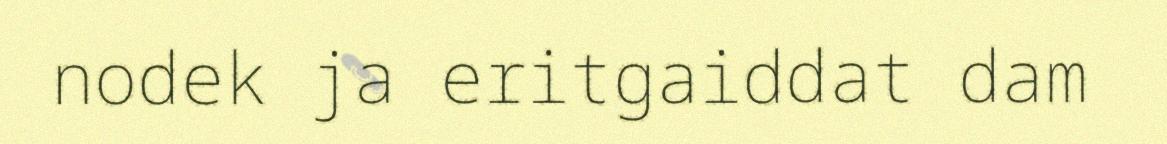
nodek ja eritgaiddat dam